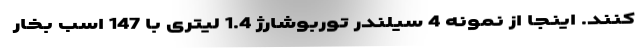
کنند. اینجا از نمونه 4 سیلندر توربوشارژ 1.4 لیتری با 147 اسب بخار